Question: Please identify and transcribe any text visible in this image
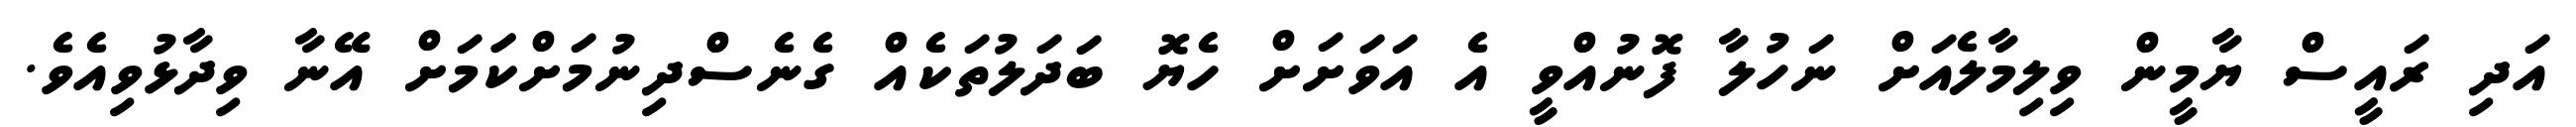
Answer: އަދި ރައީސް ޔާމީން ވިލިމާލެއަށް ނަހުލާ ފޮނުއްވީ އެ އަވަށަށް ހެޔޮ ބަދަލުތަކެއް ގެނެސްދިނުމަށްކަަމަށް އޭނާ ވިދާޅުވިއެވެ.